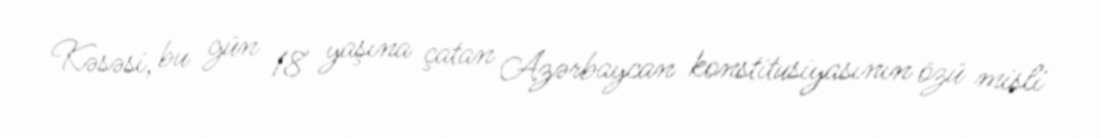
Kəsəsi, bu gün 18 yaşına çatan Azərbaycan konstitusiyasının özü misli